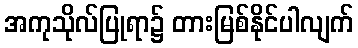
အကုသိုလ်ပြုရာ၌ တားမြစ်နိုင်ပါလျက်